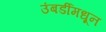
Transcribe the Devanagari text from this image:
उंबर्डीमधून